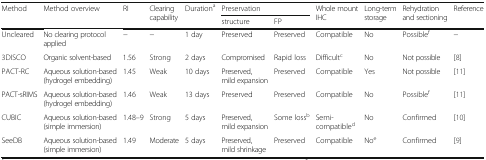
| <ROWSPAN=2> Method | <ROWSPAN=2> Method overview | <ROWSPAN=2> RI | <ROWSPAN=2> Clearing capability | <ROWSPAN=2> Durationa | <COLSPAN=2> Preservation | <ROWSPAN=2> Whole mount IHC | <ROWSPAN=2> Long-term storage | <ROWSPAN=2> Rehydration and sectioning | <ROWSPAN=2> Reference |
 | structure | FP |
 | --- | --- | --- | --- | --- | --- | --- | --- | --- | --- | --- |
 | Uncleared | No clearing protocol applied | − | − | 1 day | Preserved | Preserved | Compatible | No | Possiblef | − |
 | 3DISCO | Organic solvent-based | 1.56 | Strong | 2 days | Compromised | Rapid loss | Difficultc | No | Not possible | [8] |
 | PACT-RC | Aqueous solution-based (hydrogel embedding) | 1.45 | Weak | 10 days | Preserved, mild expansion | Preserved | Compatible | Yes | Not possible | [11] |
 | PACT-sRIMS | Aqueous solution-based (hydrogel embedding) | 1.46 | Weak | 13 days | Preserved | Preserved | Compatible | No | Possiblef | [11] |
 | CUBIC | Aqueous solution-based (simple immersion) | 1.48–9 | Strong | 5 days | Preserved, mild expansion | Some lossb | Semi-compatibled | No | Confirmed | [10] |
 | SeeDB | Aqueous solution-based (simple immersion) | 1.49 | Moderate | 5 days | Preserved, mild shrinkage | Preserved | Compatible | Noe | Confirmed | [9] |